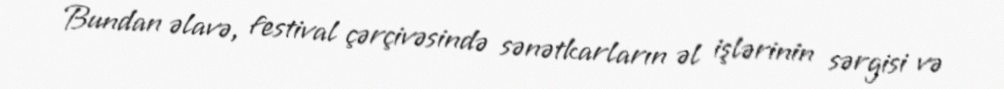
Bundan əlavə, festival çərçivəsində sənətkarların əl işlərinin sərgisi və